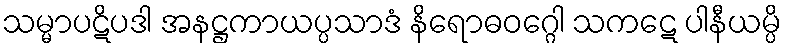
သမ္မာပဋိပဒါ အနဋ္ဌကာယပ္ပသာဒံ နိရောဓဝဂ္ဂေါ သကဋေ ပါနီယမ္ပိ